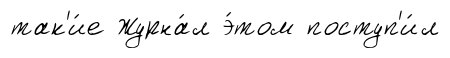
так'и́е Журна́л э́том поступ'и́л